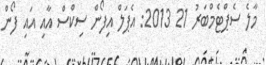
މާލެ ސެޕްޓެމްބަރު 21 2013: އެޕަލް އިފޯން ސިކްސް އާއި އައި ފޯން